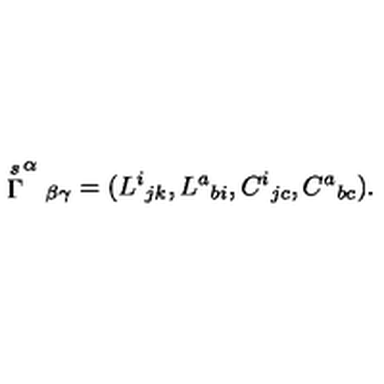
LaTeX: \stackrel { s } { \Gamma } ^ { \alpha } { } _ { \beta \gamma } = ( L ^ { i } { } _ { j k } , L ^ { a } { } _ { b i } , C ^ { i } { } _ { j c } , C ^ { a } { } _ { b c } ) .